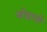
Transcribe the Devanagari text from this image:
जोहाती